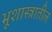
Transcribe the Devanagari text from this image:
भूशास्त्रातील